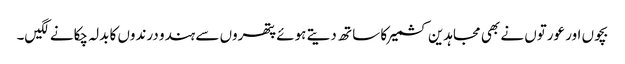
بچوں اور عورتوں نے بھی مجاہدین کشمیر کا سا تھ دیتے ہوئے پتھروں سے ہندو درندوں کا بدلہ چکانے لگیں۔